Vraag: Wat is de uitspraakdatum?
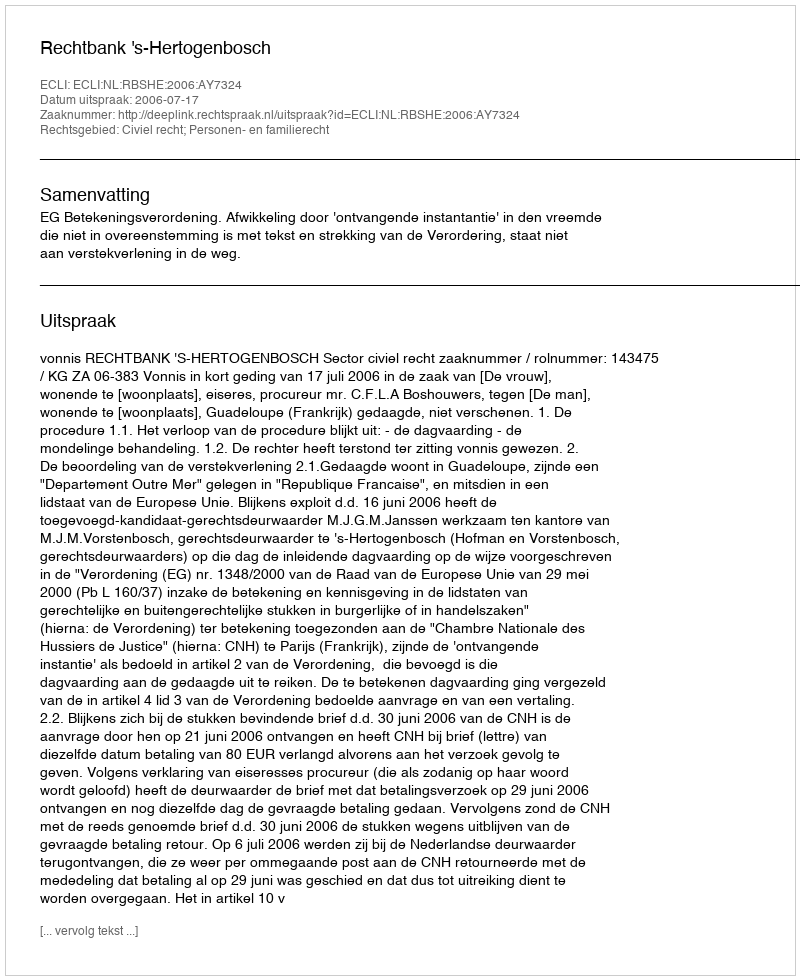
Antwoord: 2006-07-17